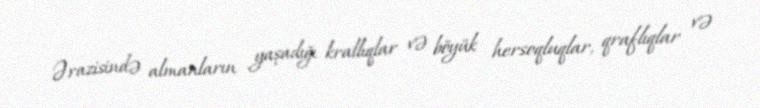
Ərazisində almanların yaşadığı krallıqlar və böyük hersoqluqlar, qraflıqlar və